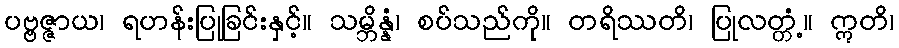
ပဗ္ဗဇ္ဇာယ၊ ရဟန်းပြုခြင်းနှင့်။ သမ္ဘိန္နံ၊ စပ်သည်ကို။ တရိဿတိ၊ ပြုလတ္တံ့။ ဣတိ၊